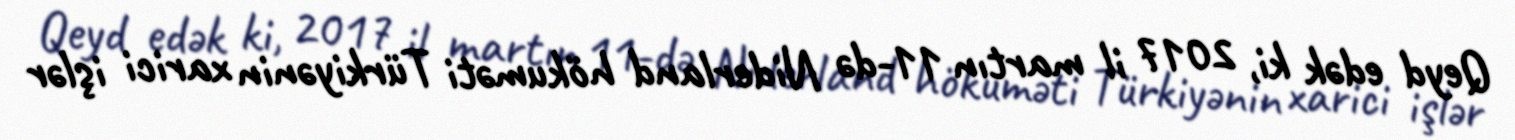
Qeyd edək ki, 2017 il martın 11-də Niderland hökuməti Türkiyənin xarici işlər